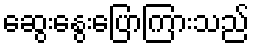
ဆွေးနွေးပြောကြားသည်